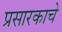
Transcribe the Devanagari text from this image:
प्रसारकाचे